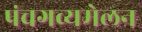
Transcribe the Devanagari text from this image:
पंचगव्यमेलन